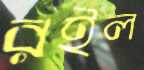
রইল